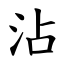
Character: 沾